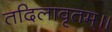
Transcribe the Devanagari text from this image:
तदिलावृतम्॥